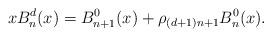
LaTeX: \begin{align*}xB_{n}^d(x)=B_{n+1}^0(x)+\rho_{(d+1)n+1}B_{n}^0(x). \end{align*}